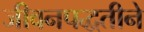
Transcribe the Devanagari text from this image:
जीवनपद्धतीने